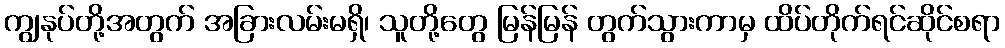
ကျွနုပ်တို့အတွက် အခြားလမ်းမရှိ၊ သူတို့တွေ မြန်မြန် တွက်သွားကာမှ ထိပ်တိုက်ရင်ဆိုင်စရာ